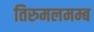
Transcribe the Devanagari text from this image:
तिरुमलमम्ब